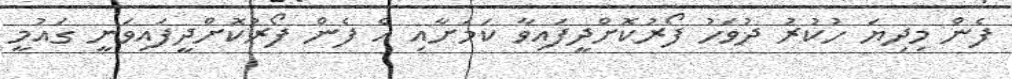
ފެން މިދިޔަ ހުކުރު ދުވަހު ފޯރުކޮށްދީފައިވާ ކަމަށާއި އެ ފެން ފޯރުކޮށްދީފައިވަނީ ގައުމީ